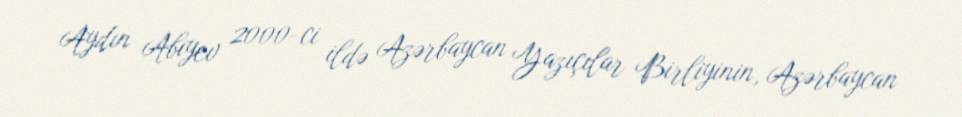
Aydın Abıyev 2000-ci ildə Azərbaycan Yazıçılar Birliyinin, Azərbaycan